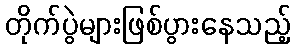
တိုက်ပွဲများဖြစ်ပွားနေသည့်